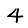
Digit: 4